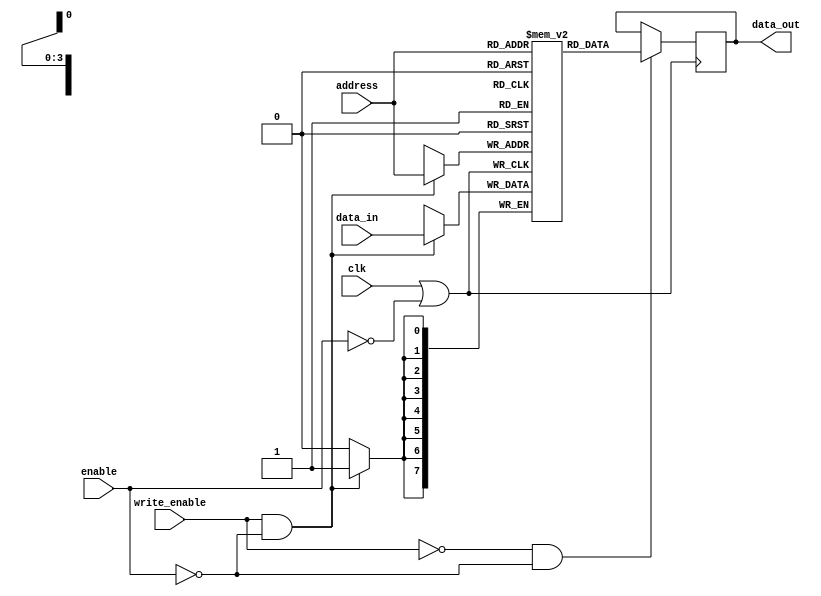
module clock_gated_memory (
    input wire clk,              // Original clock signal
    input wire enable,           // Control signal for clock gating
    input wire [7:0] data_in,    // Data input for the memory
    output reg [7:0] data_out,    // Data output from the memory
    input wire write_enable,      // Write enable signal
    input wire [3:0] address      // Address for memory access
);

    // Memory block declaration (for example, a 16x8 memory)
    reg [7:0] memory [0:15];

    // Gated clock signal generation using OR gates
    wire gated_clk;
    wire enable_inv;

    // Invert the enable signal
    assign enable_inv = ~enable;

    // Generate gated clock using OR gate
    assign gated_clk = clk | enable_inv;

    // Memory operation triggered by gated clock
    always @(posedge gated_clk) begin
        if (write_enable && !enable) begin
            // Write data to memory when enabled
            memory[address] <= data_in;
        end
        if (!write_enable && !enable) begin
            // Read data from memory when enabled
            data_out <= memory[address];
        end
    end

endmodule